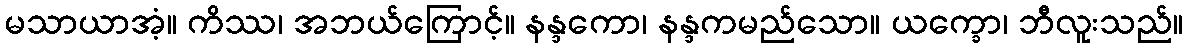
မသာယာအံ့။ ကိဿ၊ အဘယ်ကြောင့်။ နန္ဒကော၊ နန္ဒကမည်သော။ ယက္ခော၊ ဘီလူးသည်။